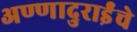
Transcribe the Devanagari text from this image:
अण्णादुराईंचे